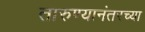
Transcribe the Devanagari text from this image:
तारुण्यानंतरच्या